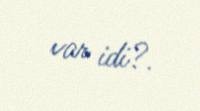
var idi?.